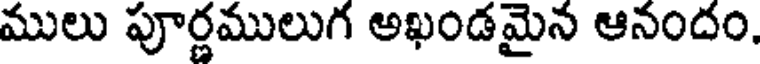
ములు పూర్ణములుగ అఖండమైన ఆనందం.